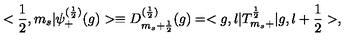
< \frac { 1 } { 2 } , m _ { s } | { \psi } _ { + } ^ { ( \frac { 1 } { 2 } ) } ( g ) > \equiv D _ { m _ { s } + \frac { 1 } { 2 } } ^ { ( \frac { 1 } { 2 } ) } ( g ) = < g , l | T _ { m _ { s } + } ^ { \frac { 1 } { 2 } } | g , l + \frac { 1 } { 2 } > ,